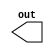
module cont_source_arrayed_sig_swpd_addr(
	output [7:0] out
);
	
	wire [1:0] in [3:0];

	assign out[1:0] = in[0];
	assign out[3:2] = in[1];
	assign out[5:4] = in[2];
	assign out[7:6] = in[3];

endmodule